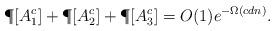
LaTeX: \begin{align*} \P[A_1^c] + \P[A_2^c] + \P[A_3^c] = O(1)e^{-\Omega(cdn)}. \end{align*}